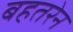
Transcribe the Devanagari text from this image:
बहतरेन